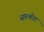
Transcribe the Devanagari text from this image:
सप्तश्रोत